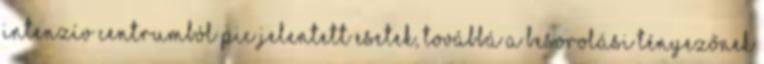
intenzív centrumból PIC jelentett esetek, továbbá a besorolási tényezőnek